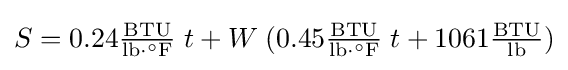
S=0.24\mathrm {{\tfrac {BTU}{lb\cdot ^{\circ }F}}\;} t+W\;(0.45\mathrm {{\tfrac {BTU}{lb\cdot ^{\circ }F}}\;} t+1061\mathrm {\tfrac {BTU}{lb}} )